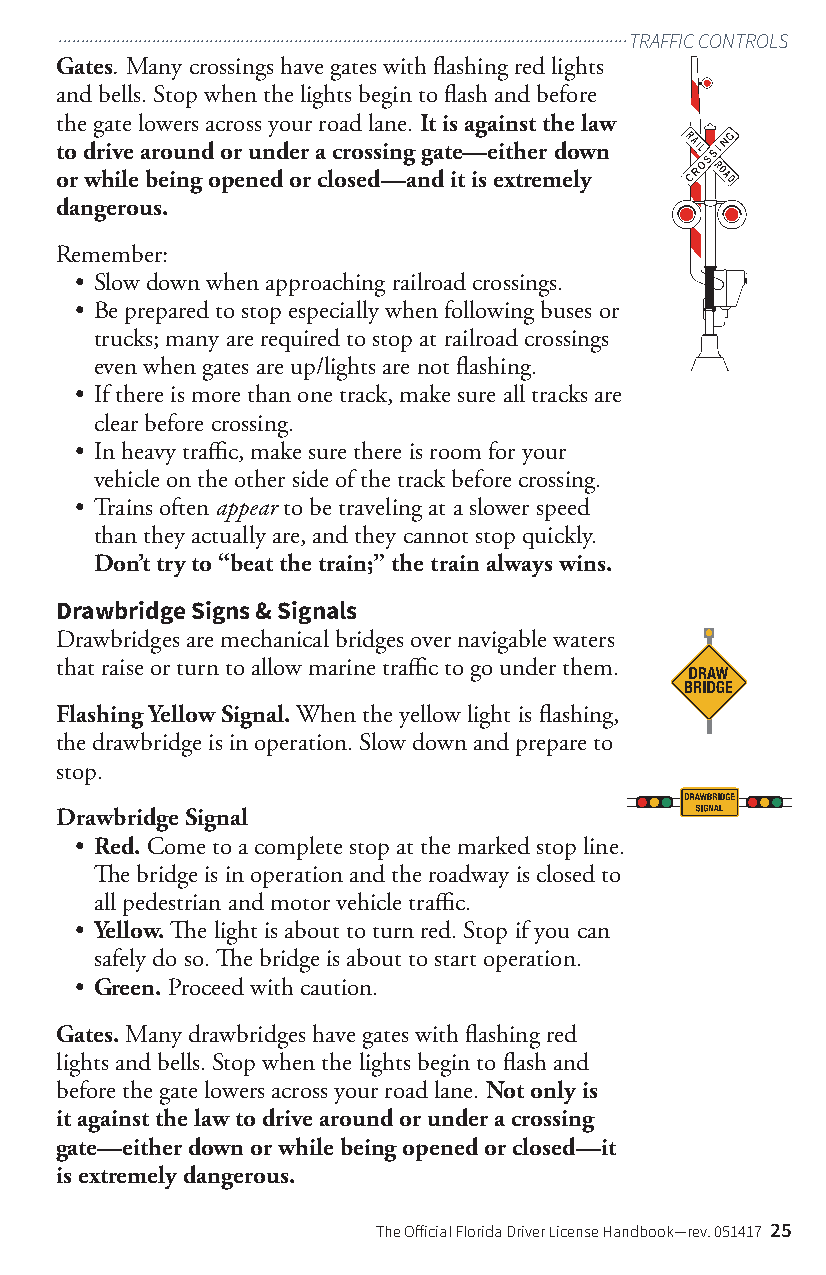
................................................................................................................................TRAFFIC CONTROLS
 Gates. Many crossings have gates with flashing red lights
 and bells. Stop when the lights begin to flash and before
 the gate lowers across your road lane. It is against the law
 to drive around or under a crossing gate—either down
 or while being opened or closed—and it is extremely
 dangerous.
 Remember:
 • Slow down when approaching railroad crossings.
 • Be prepared to stop especially when following buses or
 trucks; many are required to stop at railroad crossings
 even when gates are up/lights are not flashing.
 • If there is more than one track, make sure all tracks are
 clear before crossing.
 • In heavy traffic, make sure there is room for your
 vehicle on the other side of the track before crossing.
 • Trains often appear to be traveling at a slower speed
 than they actually are, and they cannot stop quickly.
 Don’t try to “beat the train;” the train always wins.
 Drawbridge Signs & Signals
 Drawbridges are mechanical bridges over navigable waters
 that raise or turn to allow marine traffic to go under them.
 Flashing Yellow Signal. When the yellow light is flashing,
 the drawbridge is in operation. Slow down and prepare to
 stop.
 Drawbridge Signal
 • Red. Come to a complete stop at the marked stop line.
 The bridge is in operation and the roadway is closed to
 all pedestrian and motor vehicle traffic.
 • Yellow. The light is about to turn red. Stop if you can
 safely do so. The bridge is about to start operation.
 • Green. Proceed with caution.
 Gates. Many drawbridges have gates with flashing red
 lights and bells. Stop when the lights begin to flash and
 before the gate lowers across your road lane. Not only is
 it against the law to drive around or under a crossing
 gate—either down or while being opened or closed—it
 is extremely dangerous.
 The Official Florida Driver License Handbook—rev. 051417 25